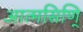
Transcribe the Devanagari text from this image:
आत्मसिणि्